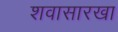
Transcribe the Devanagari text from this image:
शवासारखा